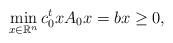
LaTeX: \begin{align*}\min_{x\in \mathbb R^n} c_0^t x A_0x=b x\geq 0,\end{align*}